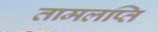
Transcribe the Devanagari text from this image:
तामलप्ति